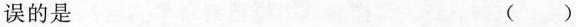
误的是 ( )